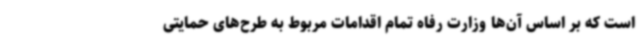
است که بر اساس آن‌ها وزارت رفاه تمام اقدامات مربوط به طرح‌های حمایتی